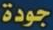
جودة